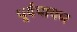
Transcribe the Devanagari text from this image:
पूर्वपाचन